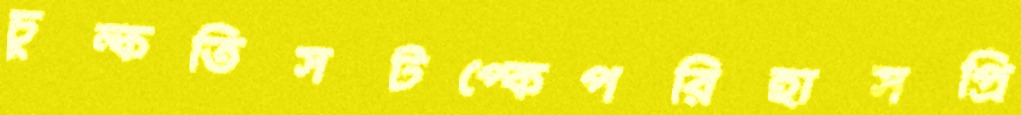
চুল্‌কতিসটপ্‌কেপরিহাসপ্রি